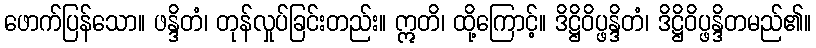
ဖောက်ပြန်သော။ ဖန္ဒိတံ၊ တုန်လှုပ်ခြင်းတည်း။ ဣတိ၊ ထို့ကြောင့်။ ဒိဋ္ဌိဝိပ္ဖန္ဒိတံ၊ ဒိဋ္ဌိဝိပ္ဖန္ဒိတမည်၏။